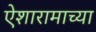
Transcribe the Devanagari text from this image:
ऐशारामाच्या